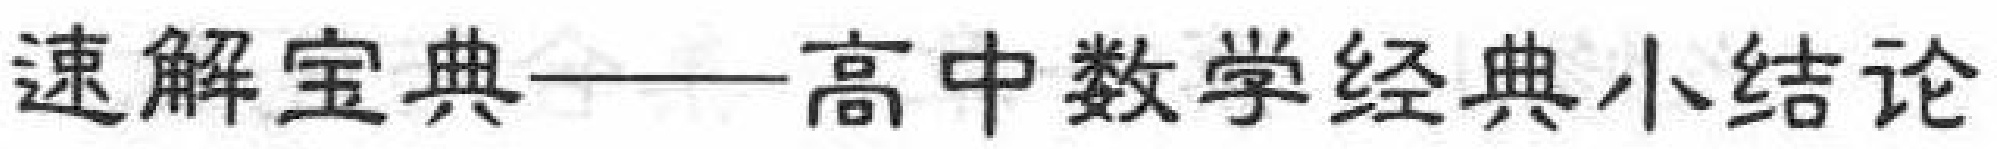
速解宝典——高中数学经典小结论